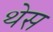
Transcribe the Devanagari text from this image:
थेस